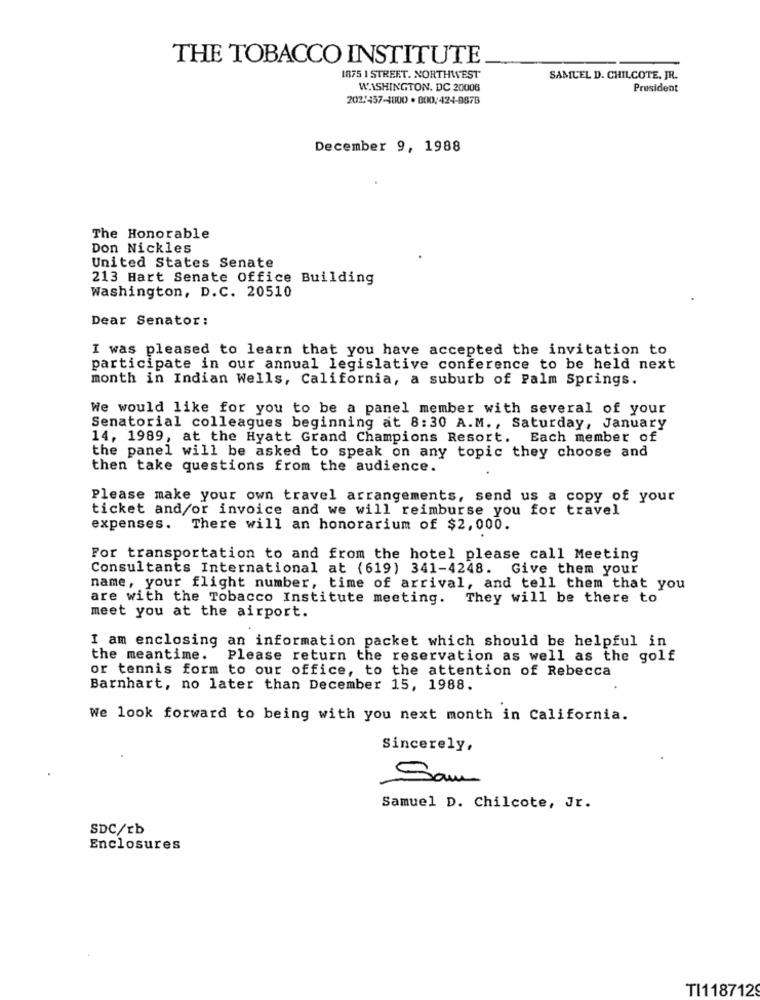
THE TOBACCO INSTITUTE
1875 1 STREET. NORTHWEST
SAMUEL D. CHILCOTE, JR.
WASHINGTON, DC 20006
President
202/457-1800 . 000: 424-887B
December 9, 1988
The Honorable
Don Nickles
United States Senate
213 Hart Senate Office Building
Washington, D.C. 20510
Dear Senator:
I was pleased to learn that you have accepted the invitation to
participate in our annual legislative conference to be held next
month in Indian Wells, California, a suburb of Palm Springs.
We would like for you to be a panel member with several of your
Senatorial colleagues beginning at 8:30 A.M ., Saturday, January
14, 1989, at the Hyatt Grand Champions Resort. Each member of
the panel will be asked to speak on any topic they choose and
then take questions from the audience.
Please make your own travel arrangements, send us a copy of your
ticket and/or invoice and we will reimburse you for travel
expenses. There will an honorarium of $2,000.
For transportation to and from the hotel please call Meeting
Consultants International at (619) 341-4248. Give them your
name, your flight number, time of arrival, and tell them that you
are with the Tobacco Institute meeting. They will be there to
meet you at the airport.
I am enclosing an information packet which should be helpful in
the meantime. Please return the reservation as well as the golf
or tennis form to our office, to the attention of Rebecca
Barnhart, no later than December 15, 1988.
We look forward to being with you next month in California.
Sincerely,
Sam
Samuel D. Chilcote, Jr.
SDC/rb
Enclosures
TI1187129